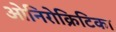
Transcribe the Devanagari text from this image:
ओनिरोक्रिटिका